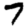
Digit: 7